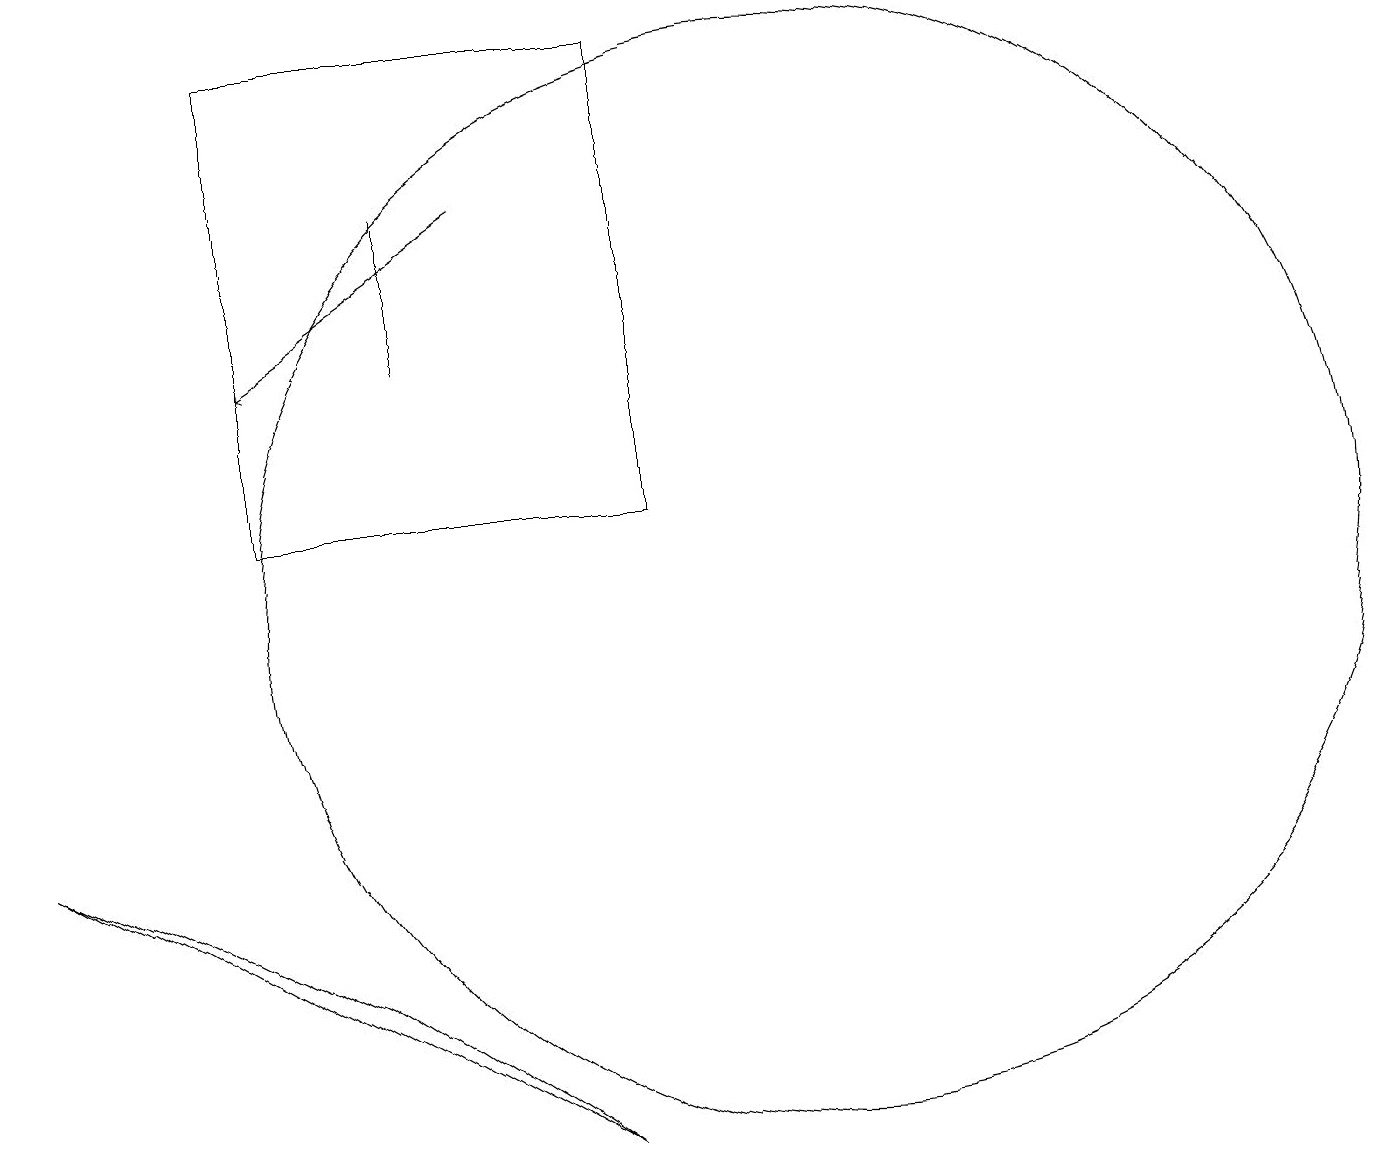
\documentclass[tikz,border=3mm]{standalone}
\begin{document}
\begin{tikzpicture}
\draw[->] (6,17) -- (3,15);
\draw (0,9) -- (4,7) -- (7,5) -- cycle;
\draw (5,15) rectangle (5,17);
\draw (10,12) circle (7);
\draw (8,13) rectangle (3,19);
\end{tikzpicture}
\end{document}